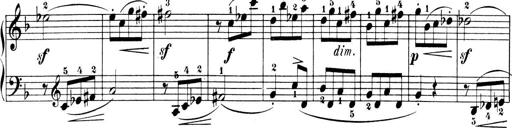
Title: 6 Piano Sonatinas
Composer: Cornelius Gurlitt